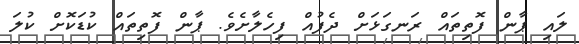
ލައި ޕާން ފޮތިތައް ރަނގަޅަށް ދެފުއް ފިހެލާށެވެ. ޕާން ފޮތިތައް ކުޑަކޮށް ކުލަ